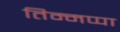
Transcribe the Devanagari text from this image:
तिम्मप्पा